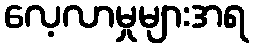
လေ့လာမှုများအရ